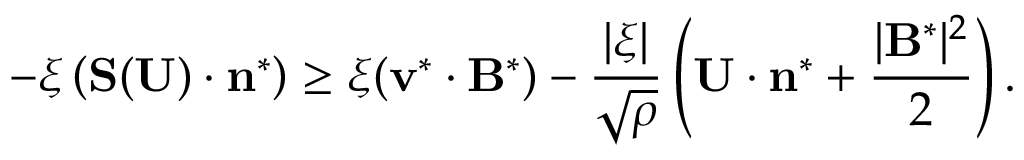
- \xi \left( \mathbf { S } ( \mathbf { U } ) \cdot \mathbf { n } ^ { * } \right) \geq \xi ( \mathbf { v } ^ { * } \cdot \mathbf { B } ^ { * } ) - \frac { | \xi | } { \sqrt { \rho } } \left( \mathbf { U } \cdot \mathbf { n } ^ { * } + \frac { | \mathbf { B } ^ { * } | ^ { 2 } } { 2 } \right) .